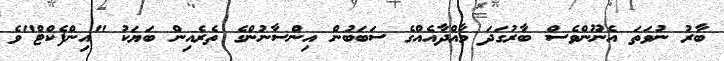
ބާރު ނުވަތަ އެނޫންވެސް ބާރުގަދަ މާއްދާއެއްގެ ސަބަބުން އިންސާނުންގެ ތެރެއިން ބަޔަކު "އިންފެކްޓް"ވެ